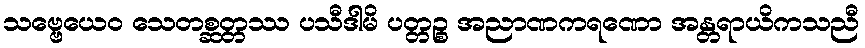
သဗ္ဗေယေဝ သေတစ္ဆတ္တဿ ပသီဒါမိ ပတ္တဉ္စ အညာဏကရဏော အန္တရာယိကသညီ